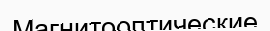
Магнитооптические